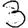
Digit: 3